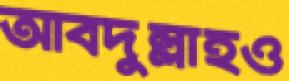
আবদুল্লাহও